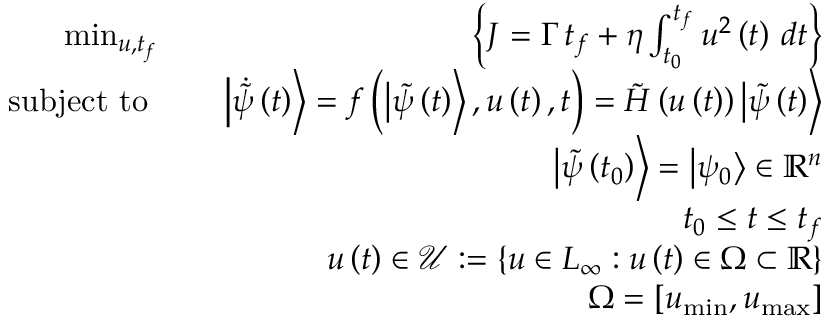
\begin{array} { r l r } { \operatorname* { m i n } _ { u , t _ { f } } } & { } & { \left\{ J = \Gamma \, { { t } _ { f } } + \eta \int _ { { { t } _ { 0 } } } ^ { t _ { f } } { { { u } ^ { 2 } } \left( t \right) \, d t } \right\} } \\ { \mathrm { s u b j e c t ~ t o ~ } } & { } & { \left| \dot { \Tilde { \psi } } \left( t \right) \right\rangle = f \left( \left| \Tilde { \psi } \left( { { t } } \right) \right\rangle , u \left( t \right) , t \right) = \tilde { H } \left( u \left( t \right) \right) \left| \tilde { \psi } \left( t \right) \right\rangle } \\ & { } & { \left| \Tilde { \psi } \left( { { t } _ { 0 } } \right) \right\rangle = \left| { { \psi } _ { 0 } } \right\rangle \in { { \mathbb { R } } ^ { n } } } \\ & { } & { { { t } _ { 0 } } \le t \le { { t } _ { f } } } \\ & { } & { u \left( t \right) \in \mathcal { U } : = \left\{ u \in { { L } _ { \infty } } : u \left( t \right) \in \Omega \subset { { \mathbb { R } } } \right\} } \\ & { } & { \Omega = [ { { u } _ { \operatorname* { m i n } } } , { { u } _ { \operatorname* { m a x } } } ] } \end{array}